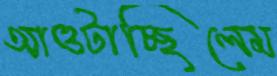
আওটাচ্ছিলেম